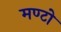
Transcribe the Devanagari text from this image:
मण्टो